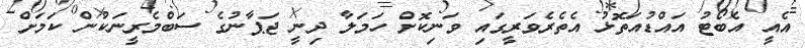
އެއީ އެބޯޓު އައްޑުއަތޮޅު އެތެރެވަރީގައި ވަނިކޮށް ހަމަލާ ދިނީ ޖަޕާނުގެ ސަބްމެރީނަކުން ކަމަށް